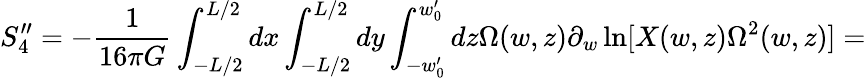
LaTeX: S_{4}^{\prime\prime}=-\frac{1}{16\pi G}\int_{-L/2}^{L/2}dx\int_{-L/2}^{L/2}dy\int_{-w_{0}^{\prime}}^{w_{0}^{\prime}}dz\Omega(w,z)\partial_{w}\ln[X(w,z)\Omega^{2}(w,z)]=